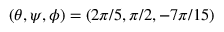
( \theta , \psi , \phi ) = ( 2 \pi / 5 , \pi / 2 , - 7 \pi / 1 5 )